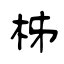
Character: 柹